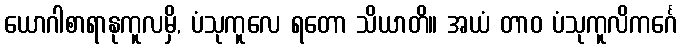
ယောဂါစာရာနုကူလမှိ, ပံသုကူလေ ရတော သိယာတိ။ အယံ တာဝ ပံသုကူလိကင်္ဂေ